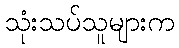
သုံးသပ်သူများက